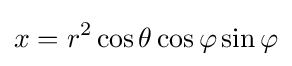
x=r^{2}\cos \theta \cos \varphi \sin \varphi